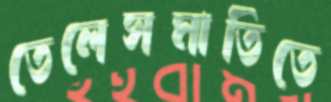
তেলেসমাতিতে